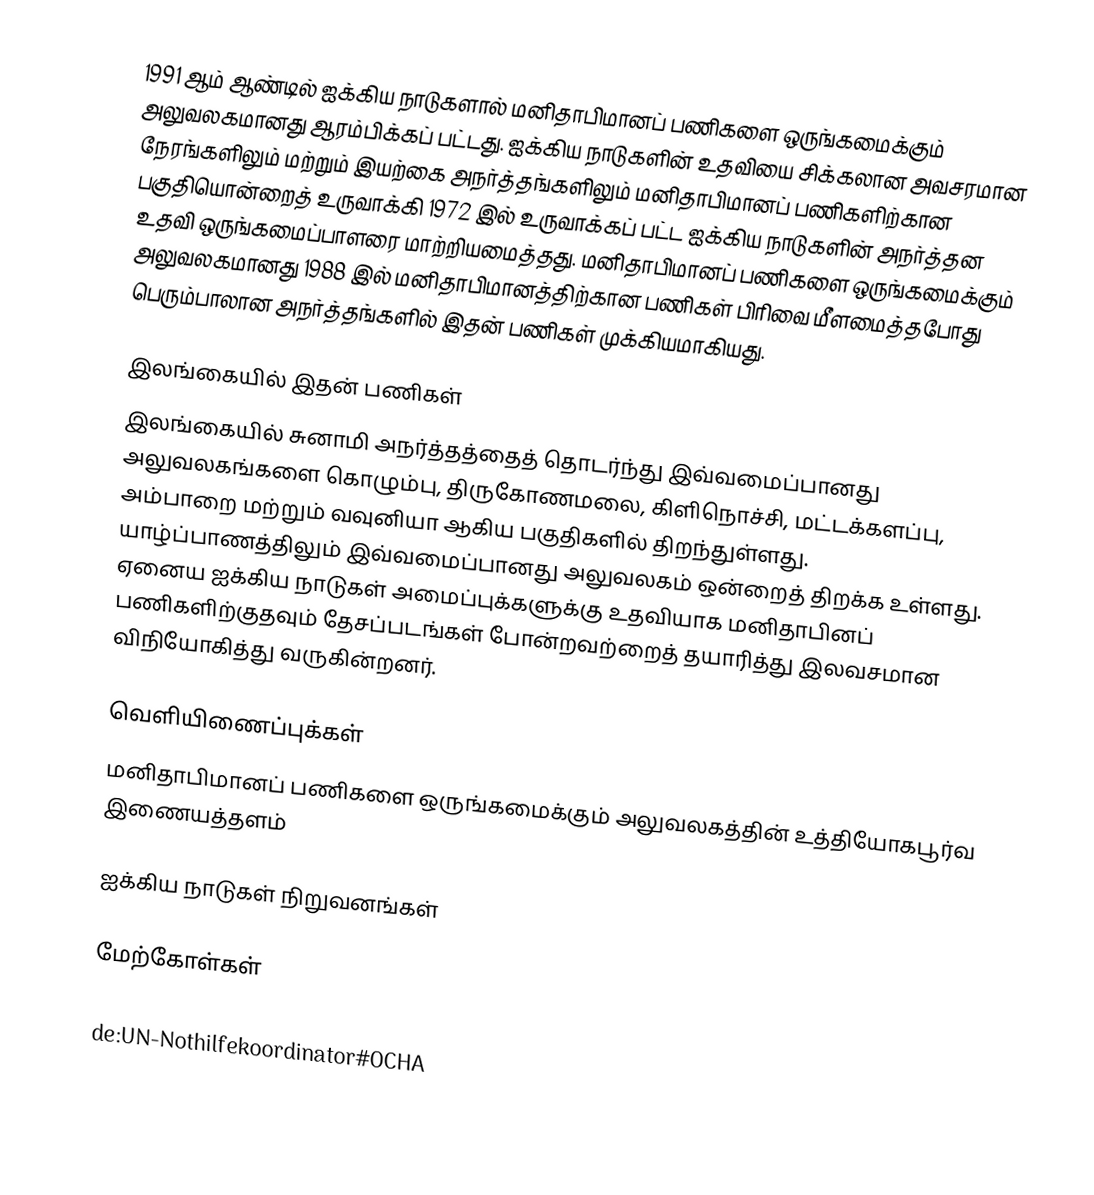
1991 ஆம் ஆண்டில் ஐக்கிய நாடுகளால் மனிதாபிமானப் பணிகளை ஒருங்கமைக்கும் அலுவலகமானது ஆரம்பிக்கப் பட்டது. ஐக்கிய நாடுகளின் உதவியை சிக்கலான அவசரமான நேரங்களிலும் மற்றும் இயற்கை அநர்த்தங்களிலும் மனிதாபிமானப் பணிகளிற்கான பகுதியொன்றைத் உருவாக்கி 1972 இல் உருவாக்கப் பட்ட ஐக்கிய நாடுகளின் அநர்த்தன உதவி ஒருங்கமைப்பாளரை மாற்றியமைத்தது. மனிதாபிமானப் பணிகளை ஒருங்கமைக்கும் அலுவலகமானது 1988 இல் மனிதாபிமானத்திற்கான பணிகள் பிரிவை மீளமைத்தபோது பெரும்பாலான அநர்த்தங்களில் இதன் பணிகள் முக்கியமாகியது.

இலங்கையில் இதன் பணிகள்
இலங்கையில் சுனாமி அநர்த்தத்தைத் தொடர்ந்து இவ்வமைப்பானது அலுவலகங்களை கொழும்பு, திருகோணமலை, கிளிநொச்சி, மட்டக்களப்பு, அம்பாறை மற்றும் வவுனியா ஆகிய பகுதிகளில் திறந்துள்ளது. யாழ்ப்பாணத்திலும் இவ்வமைப்பானது அலுவலகம் ஒன்றைத் திறக்க உள்ளது. ஏனைய ஐக்கிய நாடுகள் அமைப்புக்களுக்கு உதவியாக மனிதாபினப் பணிகளிற்குதவும் தேசப்படங்கள் போன்றவற்றைத் தயாரித்து இலவசமான விநியோகித்து வருகின்றனர்.

வெளியிணைப்புக்கள்
 மனிதாபிமானப் பணிகளை ஒருங்கமைக்கும் அலுவலகத்தின் உத்தியோகபூர்வ இணையத்தளம்

ஐக்கிய நாடுகள் நிறுவனங்கள்

மேற்கோள்கள்

de:UN-Nothilfekoordinator#OCHA